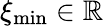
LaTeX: \xi_{\operatorname*{min}}\in\mathbb{R}